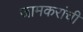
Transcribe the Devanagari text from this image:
जामकरांची